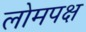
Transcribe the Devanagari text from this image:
लोमपक्ष